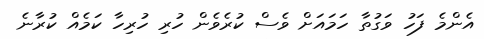
އެންމެ ފަހު ވަގުތާ ހަމައަށް ވެސް ކުރެވެން ހުރި ހުރިހާ ކަމެއް ކުރާނެ